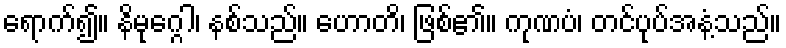
ရောက်၍။ နိမုဂ္ဂေါ၊ နစ်သည်။ ဟောတိ၊ ဖြစ်၏။ ကုဏပံ၊ တင်ပုပ်အနံ့သည်။